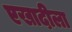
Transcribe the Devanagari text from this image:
एखादीला